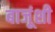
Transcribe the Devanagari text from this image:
बाजूंशी